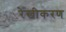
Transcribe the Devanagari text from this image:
रेखीकरण